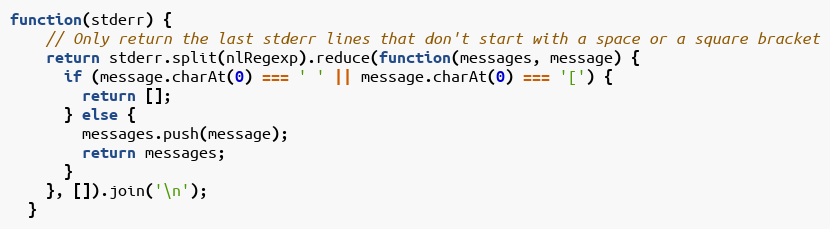
Language: JavaScript
function(stderr) {
    // Only return the last stderr lines that don't start with a space or a square bracket
    return stderr.split(nlRegexp).reduce(function(messages, message) {
      if (message.charAt(0) === ' ' || message.charAt(0) === '[') {
        return [];
      } else {
        messages.push(message);
        return messages;
      }
    }, []).join('\n');
  }